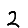
Digit: 2